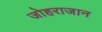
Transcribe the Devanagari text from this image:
जोहराजान